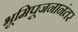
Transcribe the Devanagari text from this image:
भूमिपूजनानंतर